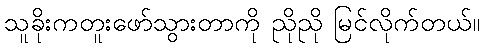
သူခိုးကတူးဖော်သွားတာကို ညိုညို မြင်လိုက်တယ်။